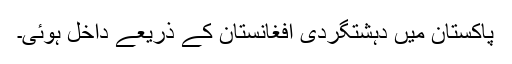
پاکستان میں دہشتگردی افغانستان کے ذریعے داخل ہوئی۔